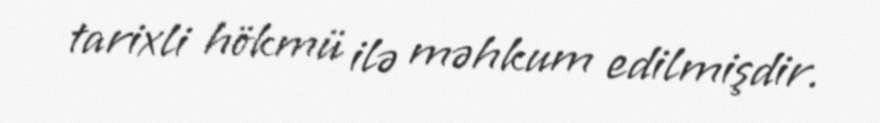
tarixli hökmü ilə məhkum edilmişdir.